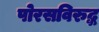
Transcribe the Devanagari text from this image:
पोरसविरुद्ध